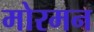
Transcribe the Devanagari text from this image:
मोरमन